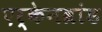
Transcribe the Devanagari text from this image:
एर्केनब्रांड